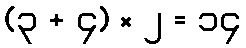
(၃ + ၄) × ၂ = ၁၄